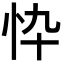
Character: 忰